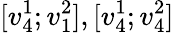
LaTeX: [v_{4}^{1};v_{1}^{2}],[v_{4}^{1};v_{4}^{2}]